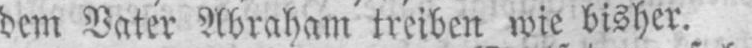
dem Vater Abraham treiben wie bisher.